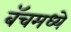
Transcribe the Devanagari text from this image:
बॅचमध्ये